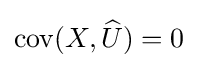
\operatorname {cov} (X,{\widehat {U}})=0